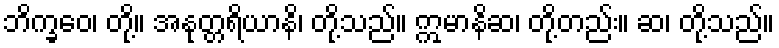
ဘိက္ခဝေ၊ တို့။ အနုတ္တရိယာနိ၊ တို့သည်။ ဣမာနိဆ၊ တို့တည်း။ ဆ၊ တို့သည်။